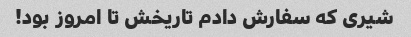
شیری که سفارش دادم تاریخش تا امروز بود!